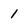
Character: 1